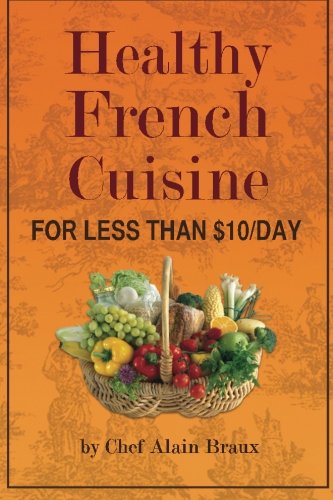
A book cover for Healthy French Cuisine for Less Than $10/Day: Chef Alain Braux; Chef Alain Braux; Cookbooks, Food & Wine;